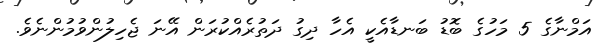
އަމްނާގެ 5 މަހުގެ ބޮޑު ބަނޑާއެކީ އެހާ ދިގު ދަތުރެއްކުރަން އޭނަ ޖެހިލުންވުމުންނެވެ.